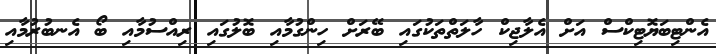
އެންޓިބަޔޮޓިކްސް އަށް އެލާޖިކް ހާލަތްތަކުގައި ބޭރަށް ހިންގުމާއި ބޮލުގައި ރިއްސުމާއި ބޯ އެނބުރުމާއި